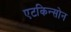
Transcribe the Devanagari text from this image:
एटकिन्सोन